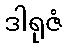
ဒါရုဇံ